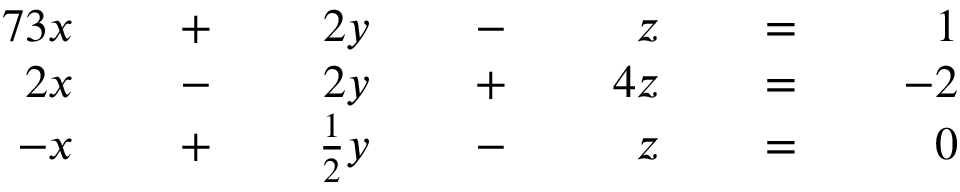
{ \begin{array} { r l r l r l r l r l r l r l } { { 7 } 3 x } & { } & { \; + \; } & { } & { 2 y } & { } & { \; - \; } & { } & { z } & { } & { \; = \; } & { } & { 1 } & { } \\ { 2 x } & { } & { \; - \; } & { } & { 2 y } & { } & { \; + \; } & { } & { 4 z } & { } & { \; = \; } & { } & { - 2 } & { } \\ { - x } & { } & { \; + \; } & { } & { { \frac { 1 } { 2 } } y } & { } & { \; - \; } & { } & { z } & { } & { \; = \; } & { } & { 0 } & { } \end{array} }